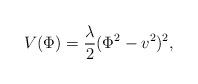
LaTeX: \begin{align*}V(\Phi)= \frac{\lambda}{2}(\Phi^{2}-v^{2})^{2},\end{align*}